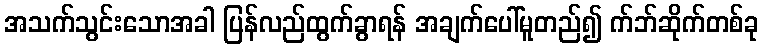
အသက်သွင်းသောအခါ ပြန်လည်ထွက်ခွာရန် အချက်ပေါ်မူတည်၍ က်ဘ်ဆိုက်တစ်ခု